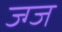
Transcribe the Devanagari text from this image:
ज्ग्ज